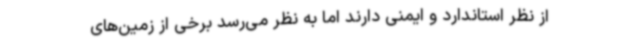
از نظر استاندارد و ایمنی دارند اما به نظر می‌رسد برخی از زمین‌های